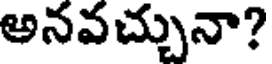
అనవచ్చునా?